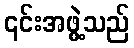
၎င်းအဖွဲ့သည်